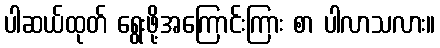
ပါဆယ်ထုတ် ရွေးဖို့အကြောင်းကြား စာ ပါလာသလား။